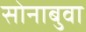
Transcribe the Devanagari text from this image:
सोनाबुवा